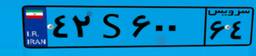
۴۲S۶۰۰۶۴